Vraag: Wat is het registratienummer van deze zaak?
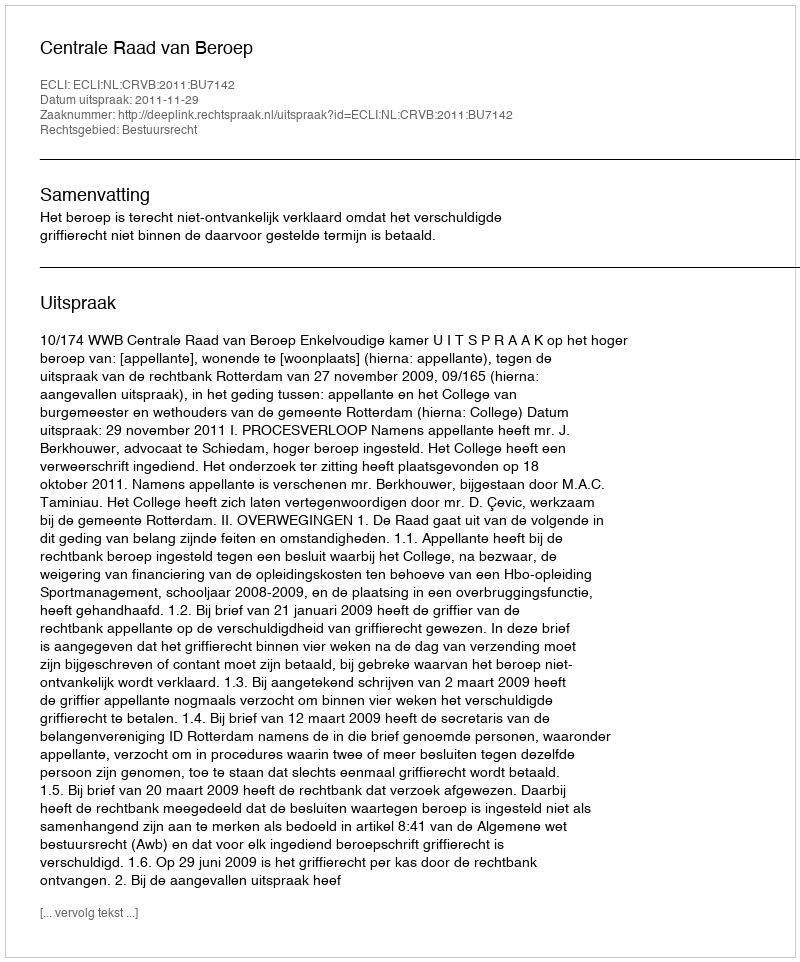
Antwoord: http://deeplink.rechtspraak.nl/uitspraak?id=ECLI:NL:CRVB:2011:BU7142